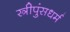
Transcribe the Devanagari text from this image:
स्त्रीपुंसधर्म